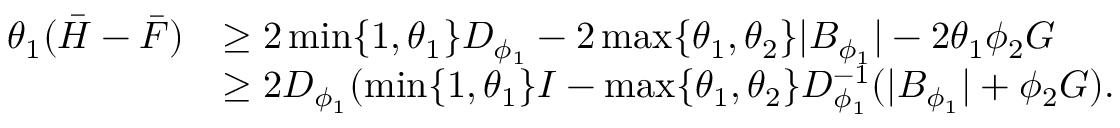
\begin{array} { r l } { \theta _ { 1 } ( \bar { H } - \bar { F } ) } & { \geq 2 \operatorname* { m i n } \{ 1 , \theta _ { 1 } \} D _ { \phi _ { 1 } } - 2 \operatorname* { m a x } \{ \theta _ { 1 } , \theta _ { 2 } \} \lvert B _ { \phi _ { 1 } } \rvert - 2 \theta _ { 1 } \phi _ { 2 } G } \\ & { \geq 2 D _ { \phi _ { 1 } } ( \operatorname* { m i n } \{ 1 , \theta _ { 1 } \} I - \operatorname* { m a x } \{ \theta _ { 1 } , \theta _ { 2 } \} D _ { \phi _ { 1 } } ^ { - 1 } ( \lvert B _ { \phi _ { 1 } } \rvert + \phi _ { 2 } G ) . } \end{array}